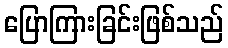
ပြောကြားခြင်းဖြစ်သည်